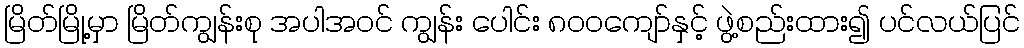
မြိတ်မြို့မှာ မြိတ်ကျွန်းစု အပါအဝင် ကျွန်း ပေါင်း ၈၀၀ကျော်နှင့် ဖွဲ့စည်းထား၍ ပင်လယ်ပြင်